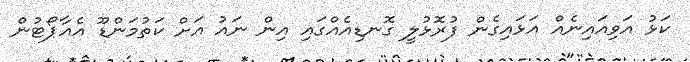
ކަޅު އަވިއައިނެއް އަޅައިގެން ފުރޮޅުލީ ގޮނޑިއެއްގައި އިން ނައު އަށް ކަތުމަންޑޫ އެއާޕޯޓުން